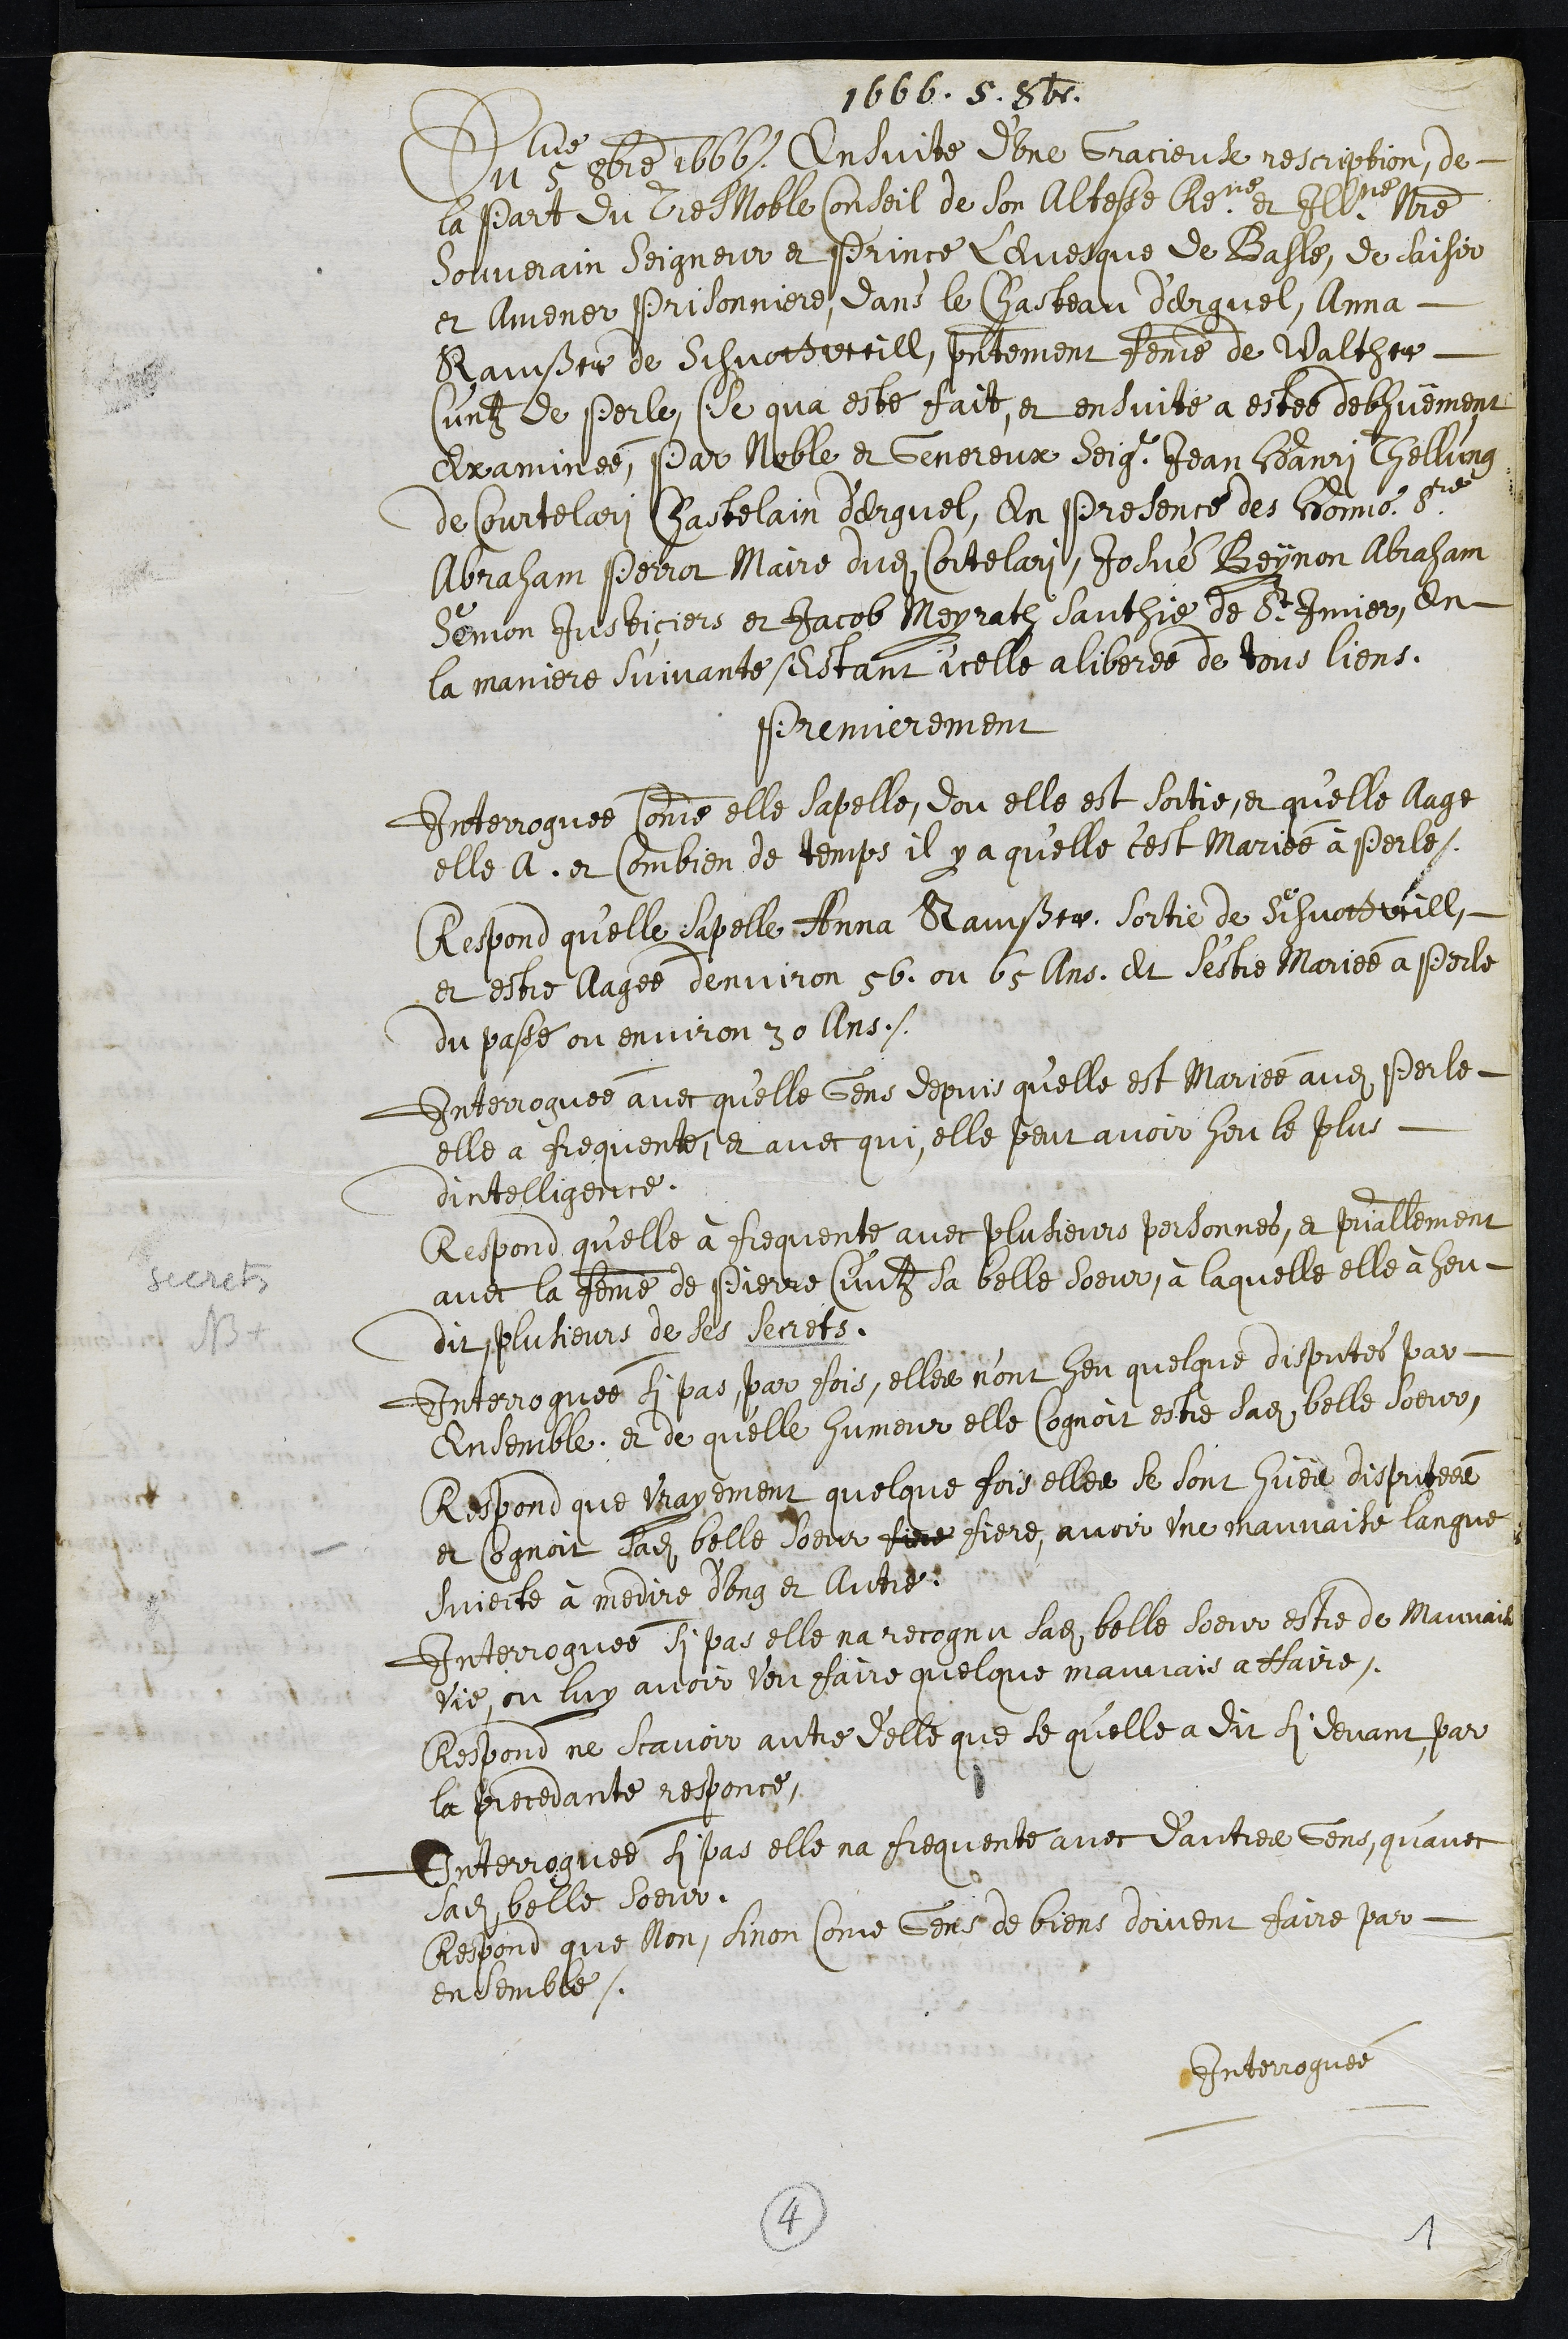
1666. 5. 8br.
Du 5me 8bre 1666. Ensuite dune gracieuse rescription, de
la part du Tres Noble Conseil de son Altesse Reme et Illme Nostre
Souverain Seigneur et Prince Levesque de Basle, de saisir
et Amener Prisonniere dans le Chasteau d'Erguel, Anna
Ramsser de Schnottweill, presentement femme de Walther
Cuntz de Perle, (Se qua este fait, et ensuite a estee debhuement
Examinée, Par Noble et Genereux Seigneur Jean Hanri Tellung
de Courtelari Chastelain d'Erguel, en presence des honnorables sieurs
Abraham Perrot Maire dudit Cortelari, Josué Beynon Abraham
Semon Justiciers et Jacob Meyrath Sauthie de St Imier, en
la maniere suivante estant icelle aliberée de tous liens.
Premierement
Interroguée comme elle sapelle, dou elle est sortie, et qu'elle Aage
elle a et combien de temps il y a qu'elle c'est mariée à Perle.
Respond qu'elle sapelle Anna Ramsser. Sortie de Schnottwill,
et estre Aagée denviron 56 ou 65 ans, et s'estre Mariée à Perle
du passe ou environ 30 Ans.
Interroguée avec qu'elle Gens depuis qu’elle est Mariée audit Perle,
elle a frequente, et avec qui elle peut avoir heu le plus
dintelligence.
NB +
secrets
Respond qu’elle à frequente avec plusieurs personnes, et principiallement
avec la femme de Pierre Cuntz sa belle soeur, à laquelle elle à heu
dit plusieurs de ses secrets.
Interroguée si pas, par fois, elles n'ont heu quelque disputes par
Ensemble, et de quelle humeur elle cognoit estre sadite belle soeur,
Respond que vrayement quelque fois elles se sont hües disputées
et cognoit sadite belle soeur fire fiere, avoir une mauvaise langue
Subjecte à medire d'ung et autre.
Interroguée si pas elle na recognu sadite belle soeur estre de Mauvaise
vie, ou luy avoir veu faire quelque mauvais affaire.
Respond ne scavoir autre d'elle que se qu’elle a dit si devant par
la precedante responce.
Interroguée si pas elle na frequente avec d'autres Gens qu'avec
sadite belle soeur.
Respond que Non, sinon come gens de biens doivent faire par
ensemble.
Interroguée
4
1